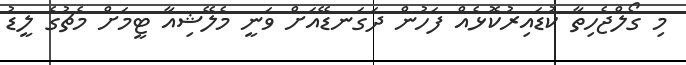
މި ގޯލްޖެހިތާ ކުޑައިރުކޮޅެއް ފަހުން ދަގަނޑޭއަށް ވަނީ މެލޭޝިއާ ޓީމަށް މެޗުގެ ލީޑު